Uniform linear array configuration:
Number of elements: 64
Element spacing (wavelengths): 1
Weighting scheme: exponential
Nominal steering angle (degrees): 30
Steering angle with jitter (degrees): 29.913
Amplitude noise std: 0.05
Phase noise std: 0.05

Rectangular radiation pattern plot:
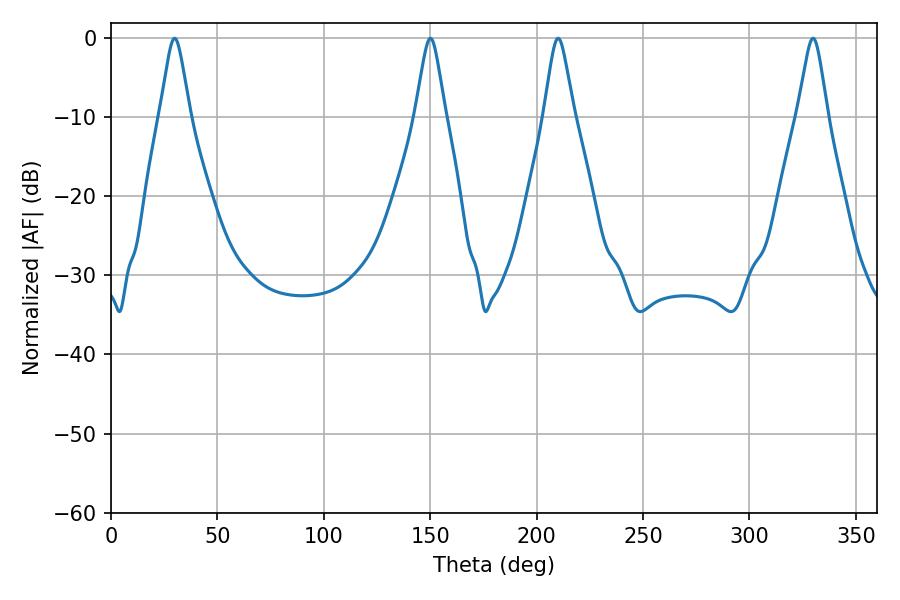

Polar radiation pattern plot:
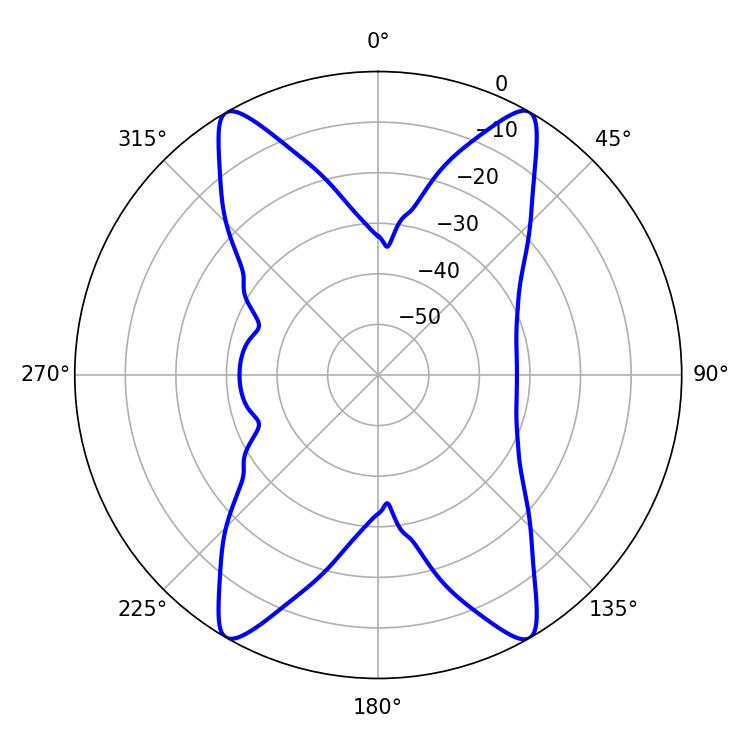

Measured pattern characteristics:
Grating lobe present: TRUE
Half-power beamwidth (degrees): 6.66
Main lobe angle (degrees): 29.88